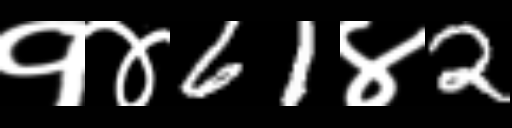
Text: १४61४2